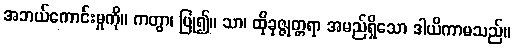
အဘယ်ကောင်းမှုကို။ ကတွာ၊ ပြု၍။ သာ၊ ထိုခုဇ္ဇုတ္တရာ အမည်ရှိသော ဒါယိကာမသည်။